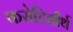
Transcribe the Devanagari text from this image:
करोटितीर्थ